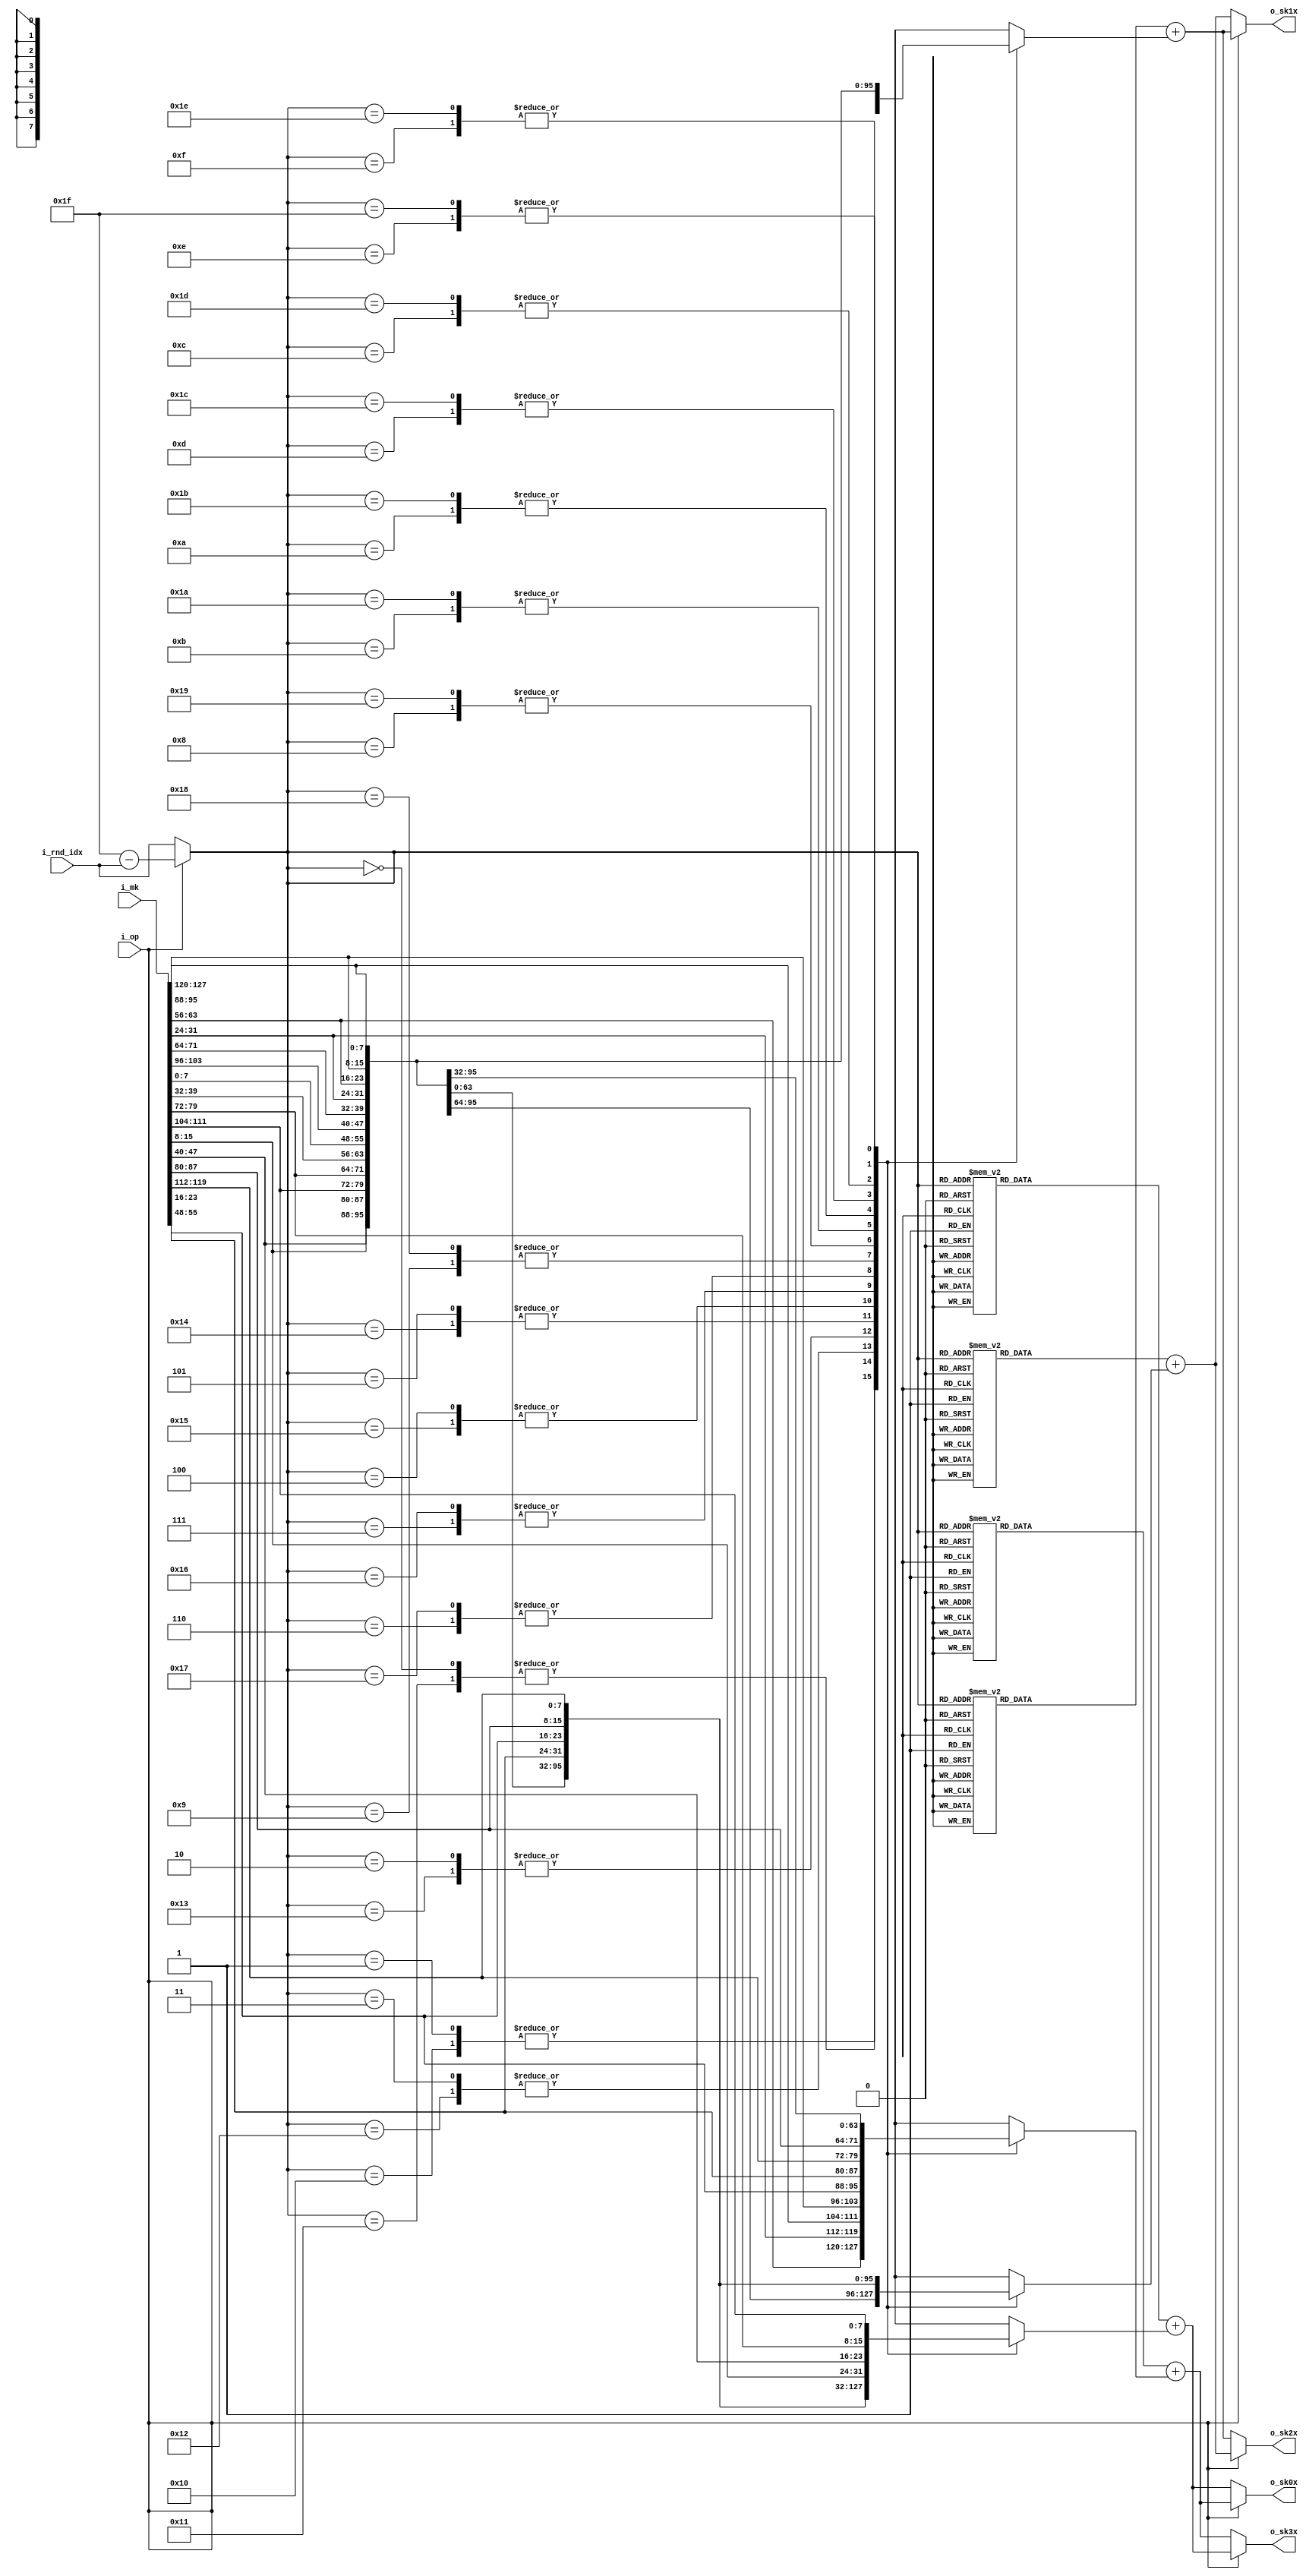
//////////////////////////////////////////////////////////////////////
////                                                              ////
////  Subkey generator of key scheduler for HIGHT Crypto Core     ////
////                                                              ////
////  This file is part of the HIGHT Crypto Core project          ////
////  http://github.com/OpenSoCPlus/hight_crypto_core             ////
////  http://www.opencores.org/project,hight                      ////
////                                                              ////
////  Description                                                 ////
////  __description__                                             ////
////                                                              ////
////  Author(s):                                                  ////
////      - JoonSoo Ha, json.ha@gmail.com                         ////
////      - Younjoo Kim, younjookim.kr@gmail.com                  ////
////                                                              ////
//////////////////////////////////////////////////////////////////////
////                                                              ////
//// Copyright (C) 2015 Authors, OpenSoCPlus and OPENCORES.ORG    ////
////                                                              ////
//// This source file may be used and distributed without         ////
//// restriction provided that this copyright statement is not    ////
//// removed from the file and that any derivative work contains  ////
//// the original copyright notice and the associated disclaimer. ////
////                                                              ////
//// This source file is free software; you can redistribute it   ////
//// and/or modify it under the terms of the GNU Lesser General   ////
//// Public License as published by the Free Software Foundation; ////
//// either version 2.1 of the License, or (at your option) any   ////
//// later version.                                               ////
////                                                              ////
//// This source is distributed in the hope that it will be       ////
//// useful, but WITHOUT ANY WARRANTY; without even the implied   ////
//// warranty of MERCHANTABILITY or FITNESS FOR A PARTICULAR      ////
//// PURPOSE.  See the GNU Lesser General Public License for more ////
//// details.                                                     ////
////                                                              ////
//// You should have received a copy of the GNU Lesser General    ////
//// Public License along with this source; if not, download it   ////
//// from http://www.opencores.org/lgpl.shtml                     ////
////                                                              ////
//////////////////////////////////////////////////////////////////////

module SKG(
	i_op       ,
	i_rnd_idx  ,
	i_mk       , 

	o_sk3x     ,  
	o_sk2x     ,  
	o_sk1x     ,  
	o_sk0x         
);


//=====================================
//
//          PARAMETERS 
//
//=====================================


//=====================================
//
//          I/O PORTS 
//
//=====================================
input        i_op       ;
input[4:0]   i_rnd_idx  ;
input[127:0] i_mk       ; 

output[7:0]  o_sk3x     ;  
output[7:0]  o_sk2x     ;  
output[7:0]  o_sk1x     ;  
output[7:0]  o_sk0x     ;    


//=====================================
//
//          REGISTERS
//
//=====================================


//=====================================
//
//          WIRES
//
//=====================================
// w_mk15 ~ w_mk0
wire[7:0]   w_mk15 = i_mk[127:120]; 
wire[7:0]   w_mk14 = i_mk[119:112];
wire[7:0]   w_mk13 = i_mk[111:104];
wire[7:0]   w_mk12 = i_mk[103: 96];
wire[7:0]   w_mk11 = i_mk[ 95: 88];
wire[7:0]   w_mk10 = i_mk[ 87: 80];
wire[7:0]   w_mk9  = i_mk[ 79: 72];
wire[7:0]   w_mk8  = i_mk[ 71: 64];
wire[7:0]   w_mk7  = i_mk[ 63: 56];
wire[7:0]   w_mk6  = i_mk[ 55: 48];
wire[7:0]   w_mk5  = i_mk[ 47: 40];
wire[7:0]   w_mk4  = i_mk[ 39: 32];
wire[7:0]   w_mk3  = i_mk[ 31: 24];
wire[7:0]   w_mk2  = i_mk[ 23: 16];
wire[7:0]   w_mk1  = i_mk[ 15:  8];
wire[7:0]   w_mk0  = i_mk[  7:  0];

// w_base
wire[4:0]   w_base;

// w_d3x ~ w_d0x
reg[6:0]    w_d3x;
reg[6:0]    w_d2x;
reg[6:0]    w_d1x;
reg[6:0]    w_d0x;

// w_mk3x ~ w_mk0x
reg[7:0]    w_mk3x;
reg[7:0]    w_mk2x;
reg[7:0]    w_mk1x;
reg[7:0]    w_mk0x;

// w_sk3x_tmp ~ w_sk0x_tmp
wire[7:0]   w_sk3x_tmp;
wire[7:0]   w_sk2x_tmp;
wire[7:0]   w_sk1x_tmp;
wire[7:0]   w_sk0x_tmp;


//=====================================
//
//          MAIN
//
//=====================================
// w_base
assign      w_base = (~i_op) ? i_rnd_idx         :
                               5'd31 - i_rnd_idx ;

// w_d3x
always @(w_base)
	case(w_base)
	5'd00 : w_d3x <= 7'h1b; // idx : 3
	5'd01 : w_d3x <= 7'h41; // idx : 7
	5'd02 : w_d3x <= 7'h4c; // idx : 11
	5'd03 : w_d3x <= 7'h2c; // idx : 15
	5'd04 : w_d3x <= 7'h4a; // idx : 19
	5'd05 : w_d3x <= 7'h1c; // idx : 23
	5'd06 : w_d3x <= 7'h79; // idx : 27
	5'd07 : w_d3x <= 7'h37; // idx : 31
	5'd08 : w_d3x <= 7'h0b; // idx : 35
	5'd09 : w_d3x <= 7'h50; // idx : 39
	5'd10 : w_d3x <= 7'h55; // idx : 43
	5'd11 : w_d3x <= 7'h7d; // idx : 47
	5'd12 : w_d3x <= 7'h17; // idx : 51
	5'd13 : w_d3x <= 7'h29; // idx : 55
	5'd14 : w_d3x <= 7'h62; // idx : 59
	5'd15 : w_d3x <= 7'h76; // idx : 63
	5'd16 : w_d3x <= 7'h47; // idx : 67
	5'd17 : w_d3x <= 7'h7c; // idx : 71
	5'd18 : w_d3x <= 7'h1f; // idx : 75
	5'd19 : w_d3x <= 7'h61; // idx : 79
	5'd20 : w_d3x <= 7'h6e; // idx : 83
	5'd21 : w_d3x <= 7'h1e; // idx : 87
	5'd22 : w_d3x <= 7'h69; // idx : 91
	5'd23 : w_d3x <= 7'h26; // idx : 95
	5'd24 : w_d3x <= 7'h12; // idx : 99
	5'd25 : w_d3x <= 7'h01; // idx : 103
	5'd26 : w_d3x <= 7'h08; // idx : 107
	5'd27 : w_d3x <= 7'h48; // idx : 111
	5'd28 : w_d3x <= 7'h0c; // idx : 115
	5'd29 : w_d3x <= 7'h68; // idx : 119
	5'd30 : w_d3x <= 7'h2e; // idx : 123
	5'd31 : w_d3x <= 7'h5a; // idx : 127
	endcase	

// w_d2x
always @(w_base)
	case(w_base)
	5'd00 : w_d2x <= 7'h36; // idx : 2 
	5'd01 : w_d2x <= 7'h03; // idx : 6
	5'd02 : w_d2x <= 7'h18; // idx : 10
	5'd03 : w_d2x <= 7'h59; // idx : 14
	5'd04 : w_d2x <= 7'h15; // idx : 18
	5'd05 : w_d2x <= 7'h39; // idx : 22
	5'd06 : w_d2x <= 7'h73; // idx : 26
	5'd07 : w_d2x <= 7'h6f; // idx : 30
	5'd08 : w_d2x <= 7'h16; // idx : 34
	5'd09 : w_d2x <= 7'h21; // idx : 38
	5'd10 : w_d2x <= 7'h2a; // idx : 42
	5'd11 : w_d2x <= 7'h7a; // idx : 46
	5'd12 : w_d2x <= 7'h2f; // idx : 50
	5'd13 : w_d2x <= 7'h52; // idx : 54
	5'd14 : w_d2x <= 7'h45; // idx : 58
	5'd15 : w_d2x <= 7'h6c; // idx : 62
	5'd16 : w_d2x <= 7'h0e; // idx : 66
	5'd17 : w_d2x <= 7'h78; // idx : 70
	5'd18 : w_d2x <= 7'h3f; // idx : 74
	5'd19 : w_d2x <= 7'h43; // idx : 78
	5'd20 : w_d2x <= 7'h5c; // idx : 82
	5'd21 : w_d2x <= 7'h3d; // idx : 86
	5'd22 : w_d2x <= 7'h53; // idx : 90
	5'd23 : w_d2x <= 7'h4d; // idx : 94
	5'd24 : w_d2x <= 7'h24; // idx : 98
	5'd25 : w_d2x <= 7'h02; // idx : 102
	5'd26 : w_d2x <= 7'h10; // idx : 106
	5'd27 : w_d2x <= 7'h11; // idx : 110
	5'd28 : w_d2x <= 7'h19; // idx : 114
	5'd29 : w_d2x <= 7'h51; // idx : 118
	5'd30 : w_d2x <= 7'h5d; // idx : 122
	5'd31 : w_d2x <= 7'h35; // idx : 126
	endcase	

// w_d1x
always @(w_base)
	case(w_base)
	5'd00 : w_d1x <= 7'h6d; // idx : 1
	5'd01 : w_d1x <= 7'h06; // idx : 5
	5'd02 : w_d1x <= 7'h30; // idx : 9
	5'd03 : w_d1x <= 7'h33; // idx : 13
	5'd04 : w_d1x <= 7'h2b; // idx : 17
	5'd05 : w_d1x <= 7'h72; // idx : 21
	5'd06 : w_d1x <= 7'h67; // idx : 25
	5'd07 : w_d1x <= 7'h5e; // idx : 29
	5'd08 : w_d1x <= 7'h2d; // idx : 33
	5'd09 : w_d1x <= 7'h42; // idx : 37
	5'd10 : w_d1x <= 7'h54; // idx : 41
	5'd11 : w_d1x <= 7'h75; // idx : 45
	5'd12 : w_d1x <= 7'h5f; // idx : 49
	5'd13 : w_d1x <= 7'h25; // idx : 53
	5'd14 : w_d1x <= 7'h0a; // idx : 57
	5'd15 : w_d1x <= 7'h58; // idx : 61
	5'd16 : w_d1x <= 7'h1d; // idx : 65
	5'd17 : w_d1x <= 7'h71; // idx : 69
	5'd18 : w_d1x <= 7'h7f; // idx : 73
	5'd19 : w_d1x <= 7'h07; // idx : 77
	5'd20 : w_d1x <= 7'h38; // idx : 81
	5'd21 : w_d1x <= 7'h7b; // idx : 85
	5'd22 : w_d1x <= 7'h27; // idx : 89
	5'd23 : w_d1x <= 7'h1a; // idx : 93
	5'd24 : w_d1x <= 7'h49; // idx : 97
	5'd25 : w_d1x <= 7'h04; // idx : 101
	5'd26 : w_d1x <= 7'h20; // idx : 105
	5'd27 : w_d1x <= 7'h22; // idx : 109
	5'd28 : w_d1x <= 7'h32; // idx : 113
	5'd29 : w_d1x <= 7'h23; // idx : 117
	5'd30 : w_d1x <= 7'h3a; // idx : 121
	5'd31 : w_d1x <= 7'h6b; // idx : 125
	endcase	

// w_d0x
always @(w_base)
	case(w_base)
	5'd00 : w_d0x <= 7'h5a; // idx : 0
	5'd01 : w_d0x <= 7'h0d; // idx : 4 
	5'd02 : w_d0x <= 7'h60; // idx : 8
	5'd03 : w_d0x <= 7'h66; // idx : 12 
	5'd04 : w_d0x <= 7'h56; // idx : 16
	5'd05 : w_d0x <= 7'h65; // idx : 20
	5'd06 : w_d0x <= 7'h4e; // idx : 24
	5'd07 : w_d0x <= 7'h3c; // idx : 28
	5'd08 : w_d0x <= 7'h5b; // idx : 32
	5'd09 : w_d0x <= 7'h05; // idx : 36
	5'd10 : w_d0x <= 7'h28; // idx : 40
	5'd11 : w_d0x <= 7'h6a; // idx : 44
	5'd12 : w_d0x <= 7'h3e; // idx : 48
	5'd13 : w_d0x <= 7'h4b; // idx : 52
	5'd14 : w_d0x <= 7'h14; // idx : 56
	5'd15 : w_d0x <= 7'h31; // idx : 60
	5'd16 : w_d0x <= 7'h3b; // idx : 64
	5'd17 : w_d0x <= 7'h63; // idx : 68
	5'd18 : w_d0x <= 7'h7e; // idx : 72
	5'd19 : w_d0x <= 7'h0f; // idx : 76
	5'd20 : w_d0x <= 7'h70; // idx : 80
	5'd21 : w_d0x <= 7'h77; // idx : 84
	5'd22 : w_d0x <= 7'h4f; // idx : 88
	5'd23 : w_d0x <= 7'h34; // idx : 92
	5'd24 : w_d0x <= 7'h13; // idx : 96
	5'd25 : w_d0x <= 7'h09; // idx : 100
	5'd26 : w_d0x <= 7'h40; // idx : 104
	5'd27 : w_d0x <= 7'h44; // idx : 108
	5'd28 : w_d0x <= 7'h64; // idx : 112
	5'd29 : w_d0x <= 7'h46; // idx : 116
	5'd30 : w_d0x <= 7'h74; // idx : 120
	5'd31 : w_d0x <= 7'h57; // idx : 124
	endcase	

// w_mk3x
always @(*)
	case(w_base)
	5'd00 : w_mk3x <= w_mk3 ; // idx : 3
	5'd01 : w_mk3x <= w_mk7 ; // idx : 7    
	5'd02 : w_mk3x <= w_mk11; // idx : 11
	5'd03 : w_mk3x <= w_mk15; // idx : 15
	5'd04 : w_mk3x <= w_mk2 ; // idx : 19
	5'd05 : w_mk3x <= w_mk6 ; // idx : 23
	5'd06 : w_mk3x <= w_mk10; // idx : 27
	5'd07 : w_mk3x <= w_mk14; // idx : 31
	5'd08 : w_mk3x <= w_mk1 ; // idx : 35
	5'd09 : w_mk3x <= w_mk5 ; // idx : 39
	5'd10 : w_mk3x <= w_mk9 ; // idx : 43
	5'd11 : w_mk3x <= w_mk13; // idx : 47
	5'd12 : w_mk3x <= w_mk0 ; // idx : 51
	5'd13 : w_mk3x <= w_mk4 ; // idx : 55
	5'd14 : w_mk3x <= w_mk8 ; // idx : 59
	5'd15 : w_mk3x <= w_mk12; // idx : 63
	5'd16 : w_mk3x <= w_mk7 ; // idx : 67
	5'd17 : w_mk3x <= w_mk3 ; // idx : 71
	5'd18 : w_mk3x <= w_mk15; // idx : 75
	5'd19 : w_mk3x <= w_mk11; // idx : 79
	5'd20 : w_mk3x <= w_mk6 ; // idx : 83
	5'd21 : w_mk3x <= w_mk2 ; // idx : 87
	5'd22 : w_mk3x <= w_mk14; // idx : 91
	5'd23 : w_mk3x <= w_mk10; // idx : 95
	5'd24 : w_mk3x <= w_mk5 ; // idx : 99
	5'd25 : w_mk3x <= w_mk1 ; // idx : 103
	5'd26 : w_mk3x <= w_mk13; // idx : 107
	5'd27 : w_mk3x <= w_mk9 ; // idx : 111
	5'd28 : w_mk3x <= w_mk4 ; // idx : 115
	5'd29 : w_mk3x <= w_mk0 ; // idx : 119
	5'd30 : w_mk3x <= w_mk12; // idx : 123
	5'd31 : w_mk3x <= w_mk8 ; // idx : 127
	endcase	

// w_mk2x
always @(*)
	case(w_base)
	5'd00 : w_mk2x <= w_mk2 ; // idx : 2 
	5'd01 : w_mk2x <= w_mk6 ; // idx : 6    
	5'd02 : w_mk2x <= w_mk10; // idx : 10
	5'd03 : w_mk2x <= w_mk14; // idx : 14
	5'd04 : w_mk2x <= w_mk1 ; // idx : 18
	5'd05 : w_mk2x <= w_mk5 ; // idx : 22
	5'd06 : w_mk2x <= w_mk9 ; // idx : 26
	5'd07 : w_mk2x <= w_mk13; // idx : 30
	5'd08 : w_mk2x <= w_mk0 ; // idx : 34
	5'd09 : w_mk2x <= w_mk4 ; // idx : 38
	5'd10 : w_mk2x <= w_mk8 ; // idx : 42
	5'd11 : w_mk2x <= w_mk12; // idx : 46
	5'd12 : w_mk2x <= w_mk7 ; // idx : 50
	5'd13 : w_mk2x <= w_mk3 ; // idx : 54
	5'd14 : w_mk2x <= w_mk15; // idx : 58
	5'd15 : w_mk2x <= w_mk11; // idx : 62
	5'd16 : w_mk2x <= w_mk6 ; // idx : 66
	5'd17 : w_mk2x <= w_mk2 ; // idx : 70
	5'd18 : w_mk2x <= w_mk14; // idx : 74
	5'd19 : w_mk2x <= w_mk10; // idx : 78
	5'd20 : w_mk2x <= w_mk5 ; // idx : 82
	5'd21 : w_mk2x <= w_mk1 ; // idx : 86
	5'd22 : w_mk2x <= w_mk13; // idx : 90
	5'd23 : w_mk2x <= w_mk9 ; // idx : 94
	5'd24 : w_mk2x <= w_mk4 ; // idx : 98
	5'd25 : w_mk2x <= w_mk0 ; // idx : 102
	5'd26 : w_mk2x <= w_mk12; // idx : 106
	5'd27 : w_mk2x <= w_mk8 ; // idx : 110
	5'd28 : w_mk2x <= w_mk3 ; // idx : 114
	5'd29 : w_mk2x <= w_mk7 ; // idx : 118
	5'd30 : w_mk2x <= w_mk11; // idx : 122
	5'd31 : w_mk2x <= w_mk15; // idx : 126
	endcase	

// w_mk1x
always @(*)
	case(w_base)
	5'd00 : w_mk1x <= w_mk1 ; // idx : 1
	5'd01 : w_mk1x <= w_mk5 ; // idx : 5    
	5'd02 : w_mk1x <= w_mk9 ; // idx : 9
	5'd03 : w_mk1x <= w_mk13; // idx : 13
	5'd04 : w_mk1x <= w_mk0 ; // idx : 17
	5'd05 : w_mk1x <= w_mk4 ; // idx : 21
	5'd06 : w_mk1x <= w_mk8 ; // idx : 25
	5'd07 : w_mk1x <= w_mk12; // idx : 29
	5'd08 : w_mk1x <= w_mk7 ; // idx : 33
	5'd09 : w_mk1x <= w_mk3 ; // idx : 37
	5'd10 : w_mk1x <= w_mk15; // idx : 41
	5'd11 : w_mk1x <= w_mk11; // idx : 45
	5'd12 : w_mk1x <= w_mk6 ; // idx : 49
	5'd13 : w_mk1x <= w_mk2 ; // idx : 53
	5'd14 : w_mk1x <= w_mk14; // idx : 57
	5'd15 : w_mk1x <= w_mk10; // idx : 61
	5'd16 : w_mk1x <= w_mk5 ; // idx : 65
	5'd17 : w_mk1x <= w_mk1 ; // idx : 69
	5'd18 : w_mk1x <= w_mk13; // idx : 73
	5'd19 : w_mk1x <= w_mk9 ; // idx : 77
	5'd20 : w_mk1x <= w_mk4 ; // idx : 81
	5'd21 : w_mk1x <= w_mk0 ; // idx : 85
	5'd22 : w_mk1x <= w_mk12; // idx : 89
	5'd23 : w_mk1x <= w_mk8 ; // idx : 93
	5'd24 : w_mk1x <= w_mk3 ; // idx : 97
	5'd25 : w_mk1x <= w_mk7 ; // idx : 101
	5'd26 : w_mk1x <= w_mk11; // idx : 105
	5'd27 : w_mk1x <= w_mk15; // idx : 109
	5'd28 : w_mk1x <= w_mk2 ; // idx : 113
	5'd29 : w_mk1x <= w_mk6 ; // idx : 117
	5'd30 : w_mk1x <= w_mk10; // idx : 121
	5'd31 : w_mk1x <= w_mk14; // idx : 125
	endcase	

// w_mk0x
always @(*)
	case(w_base)
	5'd00 : w_mk0x <= w_mk0 ; // idx : 0
	5'd01 : w_mk0x <= w_mk4 ; // idx : 4    
	5'd02 : w_mk0x <= w_mk8 ; // idx : 8
	5'd03 : w_mk0x <= w_mk12; // idx : 12 
	5'd04 : w_mk0x <= w_mk7 ; // idx : 16
	5'd05 : w_mk0x <= w_mk3 ; // idx : 20
	5'd06 : w_mk0x <= w_mk15; // idx : 24
	5'd07 : w_mk0x <= w_mk11; // idx : 28
	5'd08 : w_mk0x <= w_mk6 ; // idx : 32
	5'd09 : w_mk0x <= w_mk2 ; // idx : 36
	5'd10 : w_mk0x <= w_mk14; // idx : 40
	5'd11 : w_mk0x <= w_mk10; // idx : 44
	5'd12 : w_mk0x <= w_mk5 ; // idx : 48
	5'd13 : w_mk0x <= w_mk1 ; // idx : 52
	5'd14 : w_mk0x <= w_mk13; // idx : 56
	5'd15 : w_mk0x <= w_mk9 ; // idx : 60
	5'd16 : w_mk0x <= w_mk4 ; // idx : 64
	5'd17 : w_mk0x <= w_mk0 ; // idx : 68
	5'd18 : w_mk0x <= w_mk12; // idx : 72
	5'd19 : w_mk0x <= w_mk8 ; // idx : 76
	5'd20 : w_mk0x <= w_mk3 ; // idx : 80
	5'd21 : w_mk0x <= w_mk7 ; // idx : 84
	5'd22 : w_mk0x <= w_mk11; // idx : 88
	5'd23 : w_mk0x <= w_mk15; // idx : 92
	5'd24 : w_mk0x <= w_mk2 ; // idx : 96
	5'd25 : w_mk0x <= w_mk6 ; // idx : 100
	5'd26 : w_mk0x <= w_mk10; // idx : 104
	5'd27 : w_mk0x <= w_mk14; // idx : 108
	5'd28 : w_mk0x <= w_mk1 ; // idx : 112
	5'd29 : w_mk0x <= w_mk5 ; // idx : 116
	5'd30 : w_mk0x <= w_mk9 ; // idx : 120
	5'd31 : w_mk0x <= w_mk13; // idx : 124
	endcase	

// w_sk3x_tmp
assign      w_sk3x_tmp = {1'b0,w_d3x} + w_mk3x;   

// w_sk2x_tmp
assign      w_sk2x_tmp = {1'b0,w_d2x} + w_mk2x;   

// w_sk1x_tmp
assign      w_sk1x_tmp = {1'b0,w_d1x} + w_mk1x;   

// w_sk0x_tmp
assign      w_sk0x_tmp = {1'b0,w_d0x} + w_mk0x;   

// o_sk3x
assign      o_sk3x     = (~i_op) ? w_sk3x_tmp : // i_op == 0
                                   w_sk0x_tmp ; // i_op == 1

// o_sk2x
assign      o_sk2x     = (~i_op) ? w_sk2x_tmp : // i_op == 0  
                                   w_sk1x_tmp ; // i_op == 1

// o_sk1x
assign      o_sk1x     = (~i_op) ? w_sk1x_tmp : // i_op == 0  
                                   w_sk2x_tmp ; // i_op == 1

// o_sk0x
assign      o_sk0x     = (~i_op) ? w_sk0x_tmp : // i_op == 0  
                                   w_sk3x_tmp ; // i_op == 1

endmodule